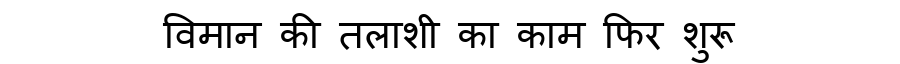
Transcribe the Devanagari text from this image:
विमान की तलाशी का काम फिर शुरू